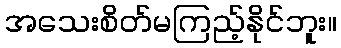
အသေးစိတ်မကြည့်နိုင်ဘူး။